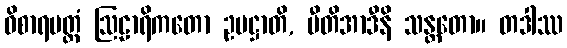
ဝိစာရမတ္တံ ဩဠာရိကတော ဥပဋ္ဌာတိ, ပီတိအာဒီနိ သန္တတော။ တဒါဿ